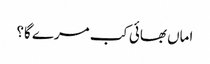
اماں بھائی کب مرے گا؟